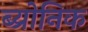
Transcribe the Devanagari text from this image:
ब्य्रोनिक